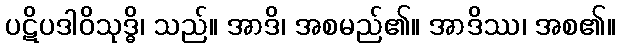
ပဋိပဒါဝိသုဒ္ဓိ၊ သည်။ အာဒိ၊ အစမည်၏။ အာဒိဿ၊ အစ၏။